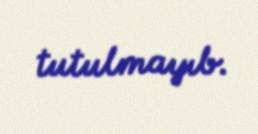
tutulmayıb.